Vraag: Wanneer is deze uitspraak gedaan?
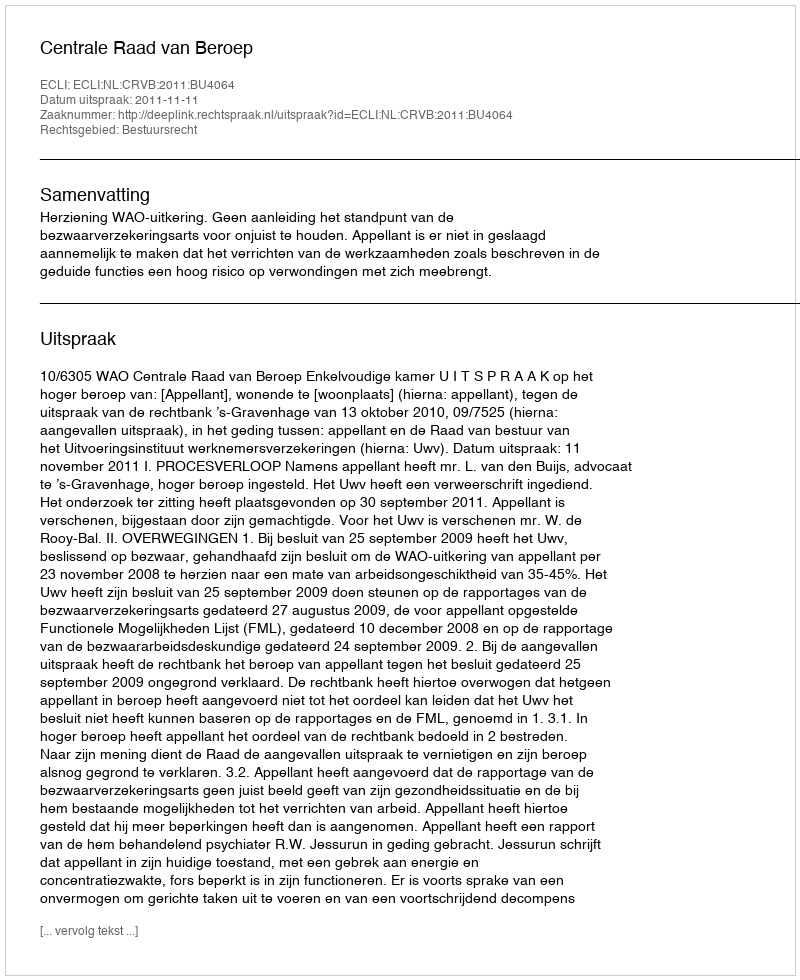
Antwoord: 2011-11-11